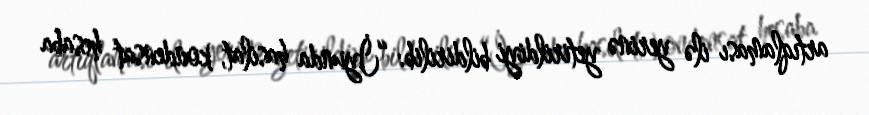
artıqlaması ilə yerinə yetirildiyi bildirilib: “İyunda hasilat, kondensat hesaba